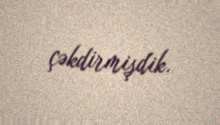
çəkdirmişdik.